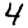
Digit: 4